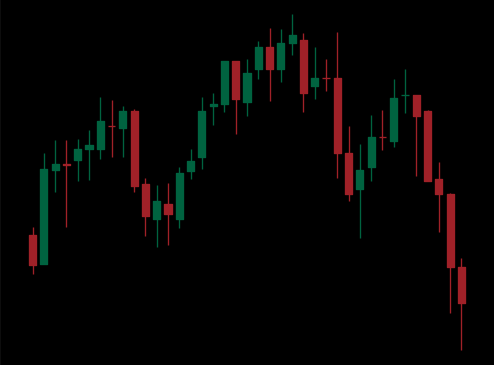
Pattern: head_shoulders